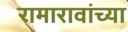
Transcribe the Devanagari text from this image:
रामारावांच्या